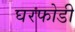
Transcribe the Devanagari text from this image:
घरफोडी